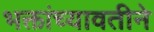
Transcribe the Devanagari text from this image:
भक्तांच्यावतीने